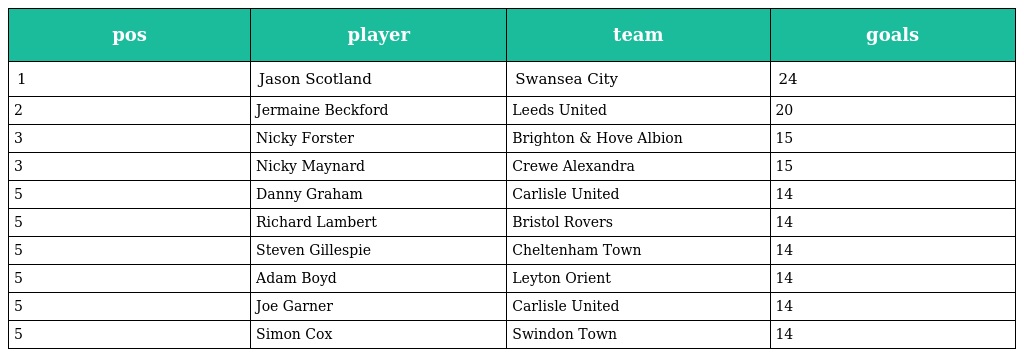
| pos | player | team | goals |
 | --- | --- | --- | --- |
 | 1 | Jason Scotland | Swansea City | 24 |
 | 2 | Jermaine Beckford | Leeds United | 20 |
 | 3 | Nicky Forster | Brighton & Hove Albion | 15 |
 | 3 | Nicky Maynard | Crewe Alexandra | 15 |
 | 5 | Danny Graham | Carlisle United | 14 |
 | 5 | Richard Lambert | Bristol Rovers | 14 |
 | 5 | Steven Gillespie | Cheltenham Town | 14 |
 | 5 | Adam Boyd | Leyton Orient | 14 |
 | 5 | Joe Garner | Carlisle United | 14 |
 | 5 | Simon Cox | Swindon Town | 14 |